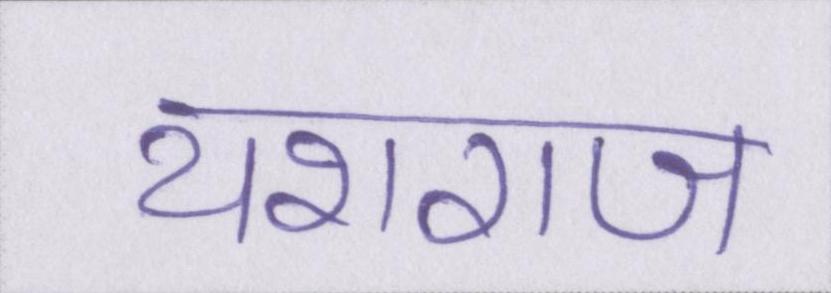
यशराज